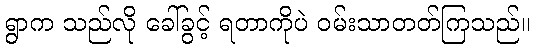
ရွာက သည်လို ခေါ်ခွင့် ရတာကိုပဲ ဝမ်းသာတတ်ကြသည်။